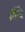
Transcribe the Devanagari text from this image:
मंन्त्रि